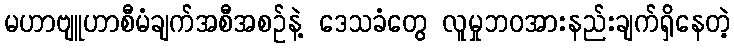
မဟာဗျူဟာစီမံချက်အစီအစဉ်နဲ့ ဒေသခံတွေ လူမှုဘဝအားနည်းချက်ရှိနေတဲ့